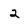
Character: 2